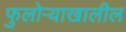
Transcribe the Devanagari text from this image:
फुलोऱ्याखालील